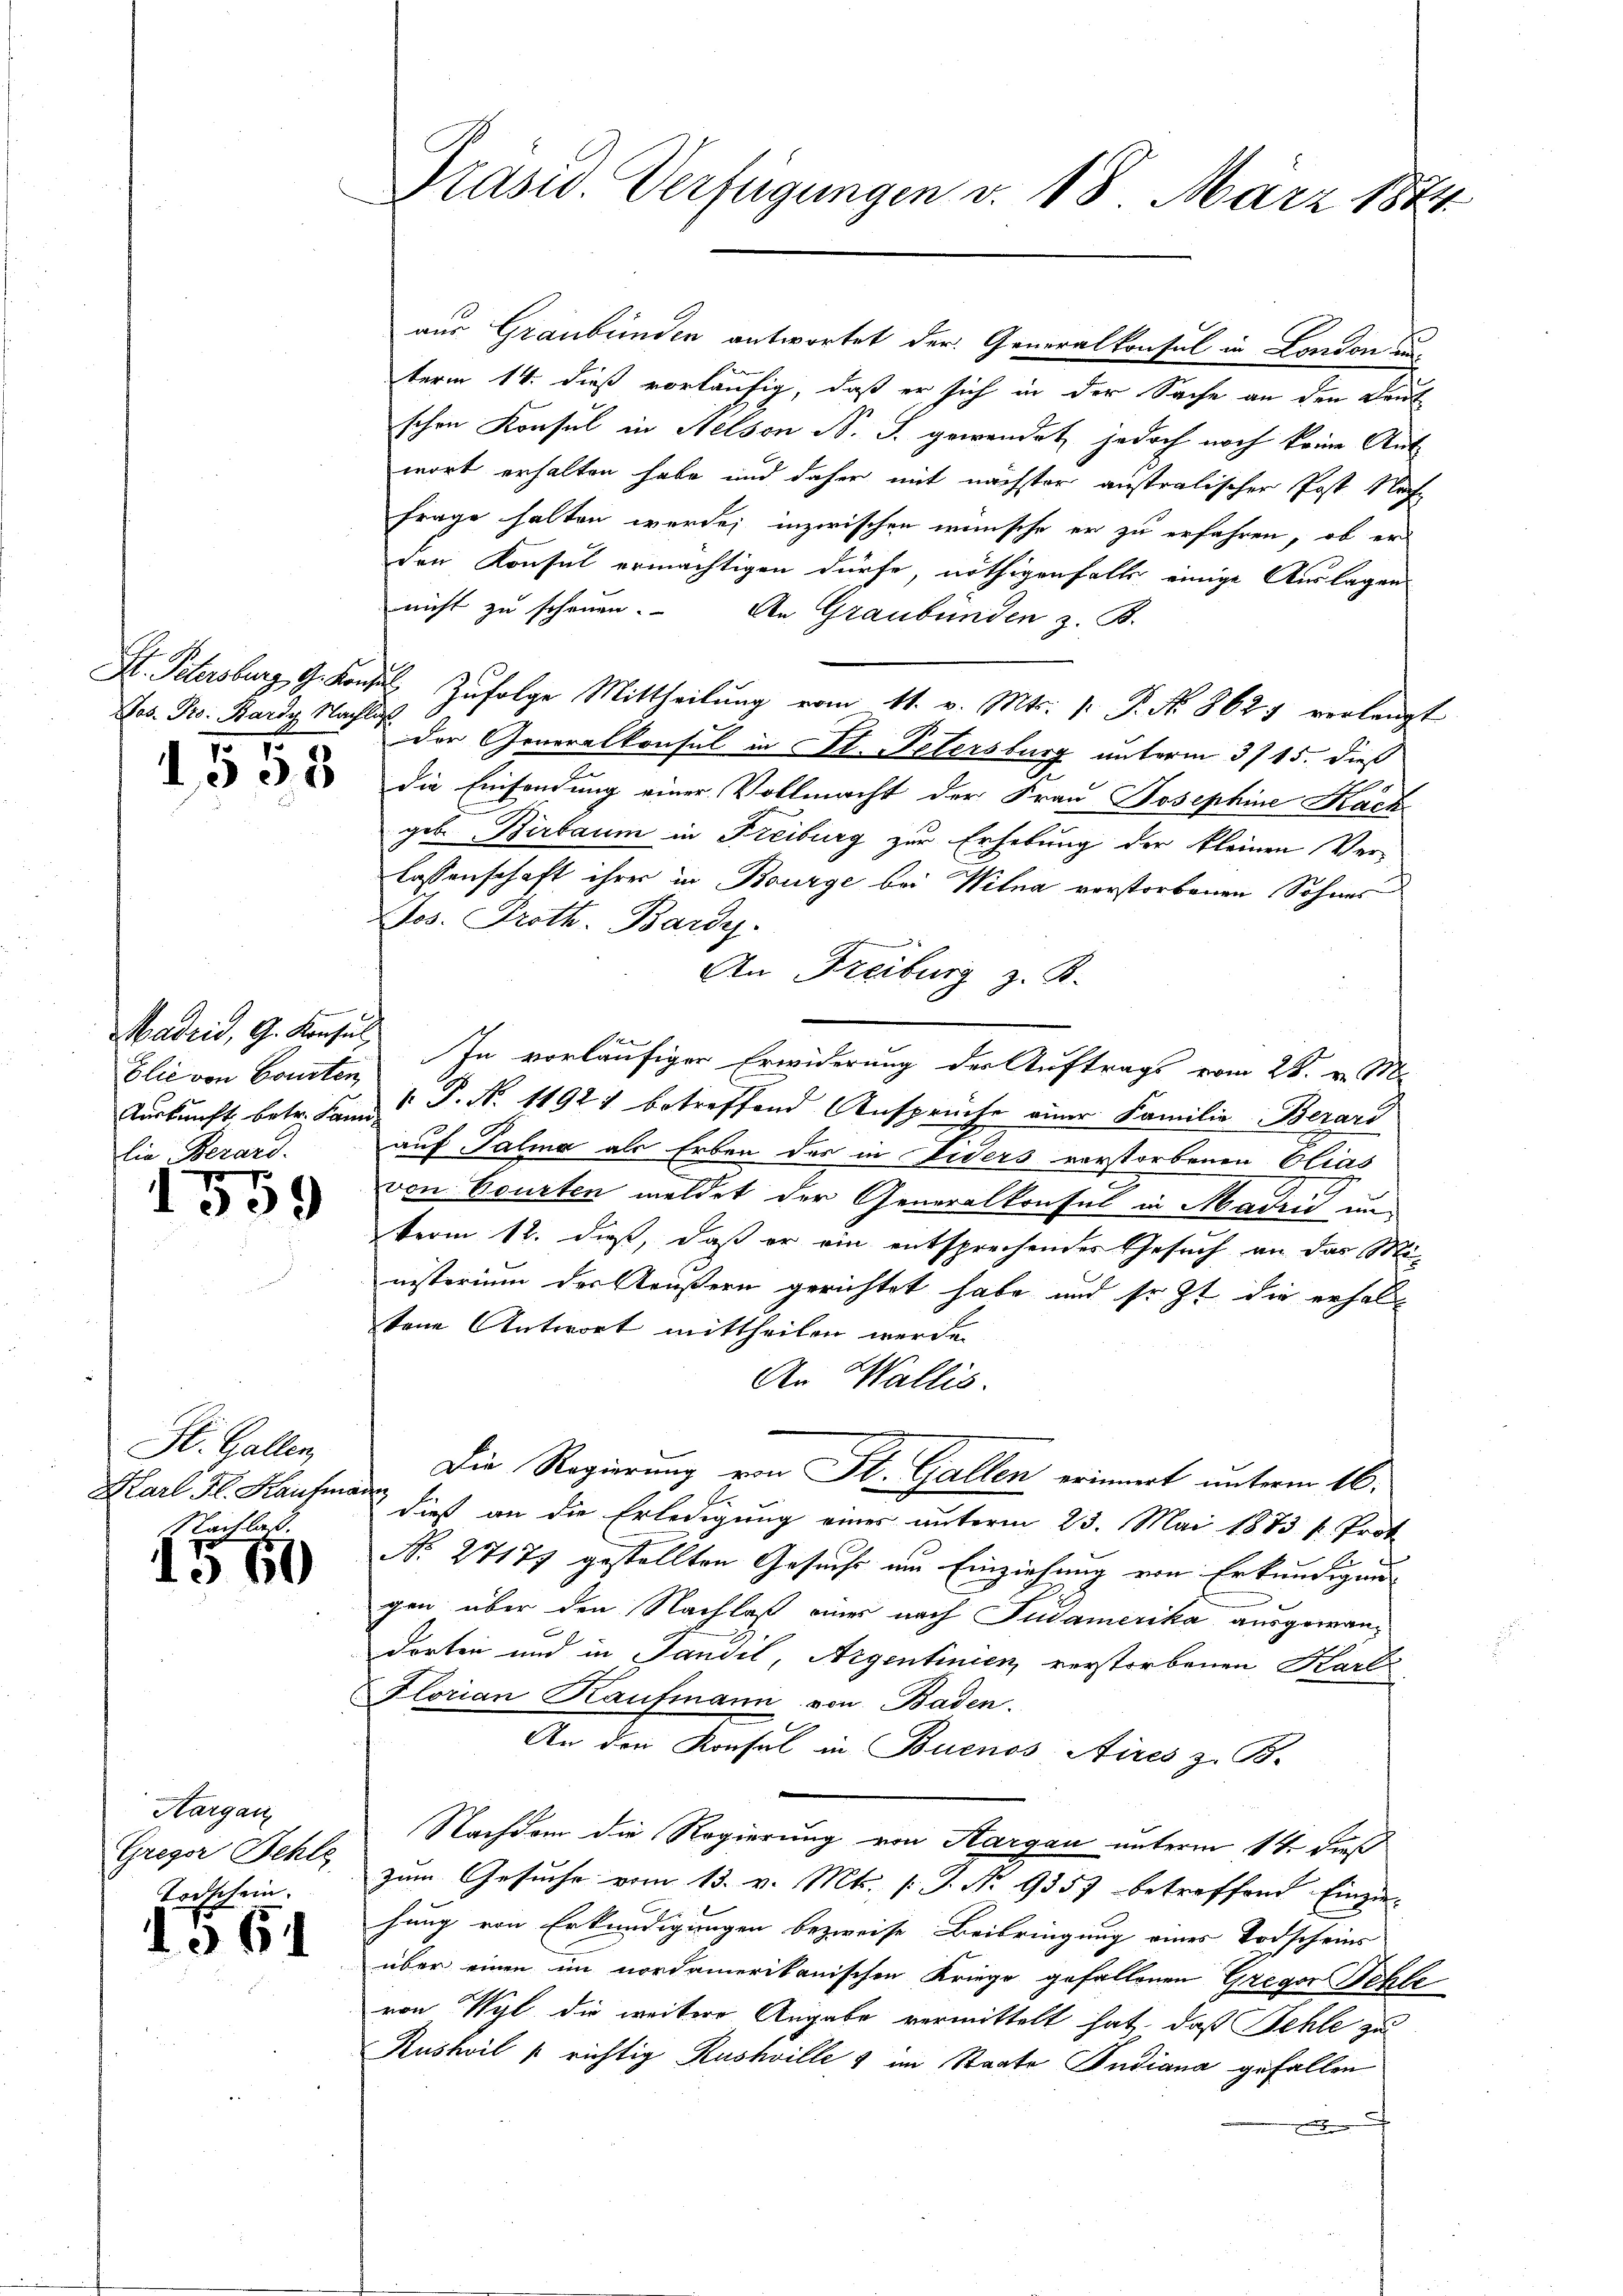
Jos. Pro. Bardy Nacht

1558

Elie von Courten,
lie Bezard.

r
1309

St. Gallen,
Karl Fl. Kaufma
Nachlat.

1560

Aargau
Gregor Rehle
Todschein.

64

E

Präsid. Verfügungen v. 18. März 1874.

u

aus Graubünden antwortet der Generalkonsul in London und
term 14. dieß vorläufig, daß er sich in der Sache an den Deutschen Konsul in Helson N. S. gewendet, jedoch noch keine Aut
wort erhalten habe und daher mit nächster ausralischer Post Nach
frage halten werde; inzwischen wünsche er zu erfahren, ob er
den Konsul ermächtigen dürfe, nöthigenfalls einige Auslagen
nicht zu scheuen. An Graubünden z. B.
H. Petersburg, G. Kons. Zŭfolge Mittheilŭng vom 11. v. Mts. 1. P. No. 862 verlangt
der Generalkonsul in St. Petersburg unterm 315. dieß
die Einsendung einer Vollmacht der Frau Josephine Kach
geb. Birbaum in Freiburg zur Erhebung der kleinen Verlassenschaft ihrer in Bourge bei Witna verstorbenen Sohnes
Jos. Proth. Bardy.
An Freiburg z. B.
Madrid, G. Konsuls. In vorläufiger Erwiderung der Auftrags vom 28. v. M.
Turkunft betr. Hand P. N. 11921 betreffend Ansprüche einer Familie Berari
auf Palia als Erben des in Fiders verstorbenen Elias
von Courten meldet der Generalkonsul in Madrid un
term 12. dieß, daß er ein entsprechendes Gesuch an das Ministerium der Aeußern gerichtet habe und so zt die erhaltene Antwort mittheilen werde.
An Wallis.
Die Regierung von St. Gallen erinnert unterm 16.
iefer
 dieß an die Erledigung eines unterm 23. Mai 1873 f. Prot
No. 27177 gestellten Gesuche um Einziehung von Erkundigung
gen über den Nachlaß eines nach Judamerika ausgewandorten und in Pandil, Argentinien verstorbenen Karl
Florian Kaufmann von Baden.
An den Konsul in Buenos Aires z. B.
Nachdem die Regierung von Aargau unterm 14 dieß
zum Gesuche vom 13. v. Mts. (T. No 9357 betreffend Einziehung von Erkundigungen bezweife Beibringung eines Todscheins
über einen im nordamerikanischen Kriege gefallenen Gregor Schle
von Wyl die weitere Angabe vermittelt hat, daß Sehle zu
Rusheil u richtig Rushville & im Staate Indiana gefallen